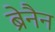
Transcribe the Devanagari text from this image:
ब्रेनैन